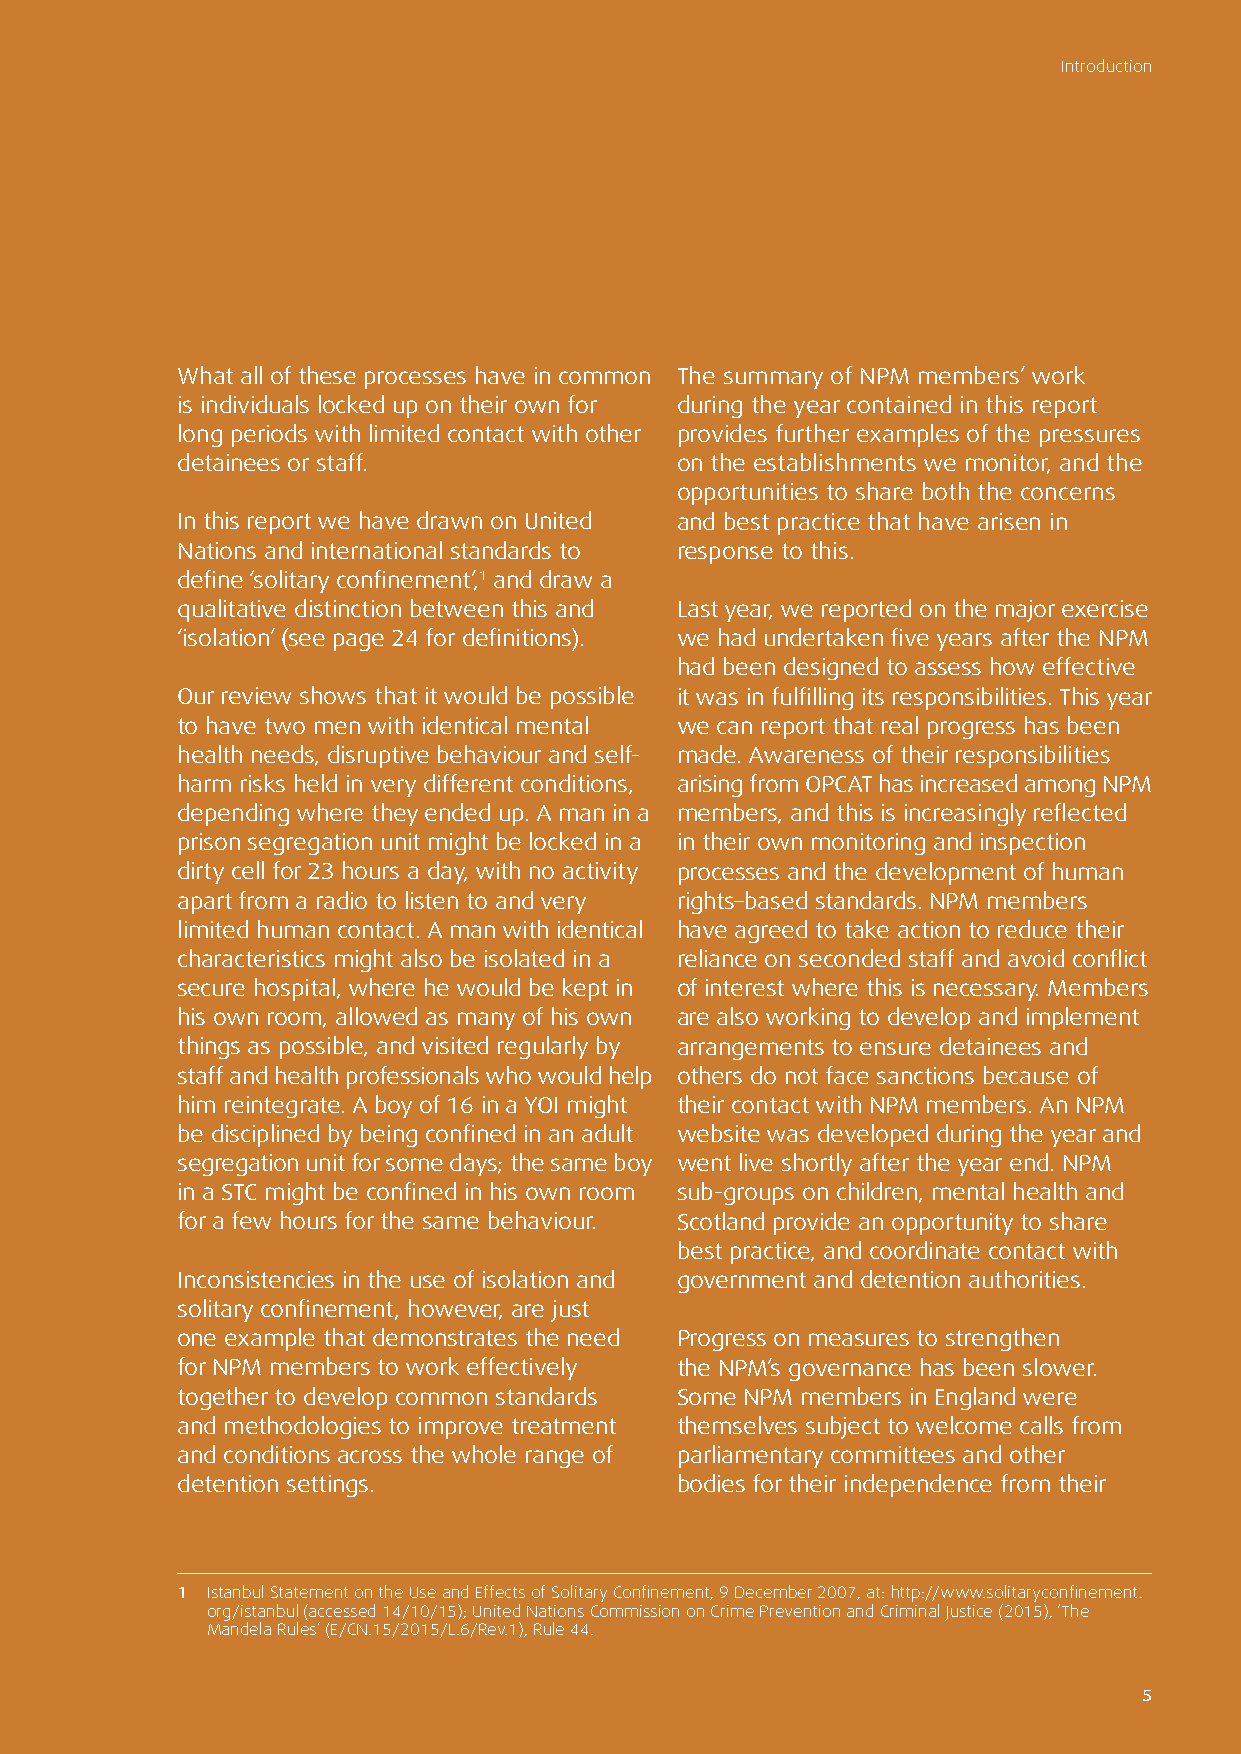
Section o nInet r o Cdounctteioxnt
 What all of these processes have in common The summary of NPM members’ work
 is individuals locked up on their own for during the year contained in this report
 long periods with limited contact with other provides further examples of the pressures
 detainees or staff.              on the establishments we monitor, and the
 opportunities to share both the concerns
 In this report we have drawn on United and best practice that have arisen in
 Nations and international standards to response to this.
 define ‘solitary confinement’,1 and draw a
 qualitative distinction between this and Last year, we reported on the major exercise
 ‘isolation’ (see page 24 for definitions). we had undertaken five years after the NPM
 had been designed to assess how effective
 Our review shows that it would be possible it was in fulfilling its responsibilities. This year
 to have two men with identical mental we can report that real progress has been
 health needs, disruptive behaviour and self- made. Awareness of their responsibilities
 harm risks held in very different conditions, arising from OPCAT has increased among NPM
 depending where they ended up. A man in a members, and this is increasingly reflected
 prison segregation unit might be locked in a in their own monitoring and inspection
 dirty cell for 23 hours a day, with no activity processes and the development of human
 apart from a radio to listen to and very rights–based standards. NPM members
 limited human contact. A man with identical have agreed to take action to reduce their
 characteristics might also be isolated in a reliance on seconded staff and avoid conflict
 secure hospital, where he would be kept in of interest where this is necessary. Members
 his own room, allowed as many of his own are also working to develop and implement
 things as possible, and visited regularly by arrangements to ensure detainees and
 staff and health professionals who would help others do not face sanctions because of
 him reintegrate. A boy of 16 in a YOI might their contact with NPM members. An NPM
 be disciplined by being confined in an adult website was developed during the year and
 segregation unit for some days; the same boy went live shortly after the year end. NPM
 in a STC might be confined in his own room sub-groups on children, mental health and
 for a few hours for the same behaviour. Scotland provide an opportunity to share
 best practice, and coordinate contact with
 Inconsistencies in the use of isolation and government and detention authorities.
 solitary confinement, however, are just
 one example that demonstrates the need Progress on measures to strengthen
 for NPM members to work effectively the NPM’s governance has been slower.
 together to develop common standards Some NPM members in England were
 and methodologies to improve treatment themselves subject to welcome calls from
 and conditions across the whole range of parliamentary committees and other
 detention settings.              bodies for their independence from their
 1 Istanbul Statement on the Use and Effects of Solitary Confinement, 9 December 2007, at: http://www.solitaryconfinement.
 org/istanbul (accessed 14/10/15); United Nations Commission on Crime Prevention and Criminal Justice (2015), ‘The
 Mandela Rules’ (E/CN.15/2015/L.6/Rev.1), Rule 44.
 55